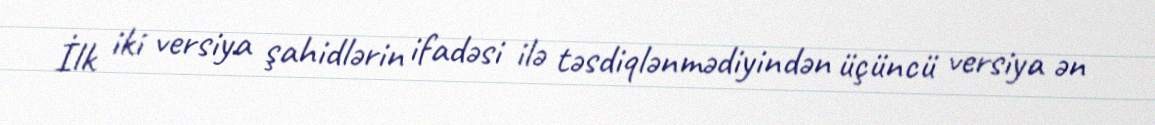
İlk iki versiya şahidlərin ifadəsi ilə təsdiqlənmədiyindən üçüncü versiya ən